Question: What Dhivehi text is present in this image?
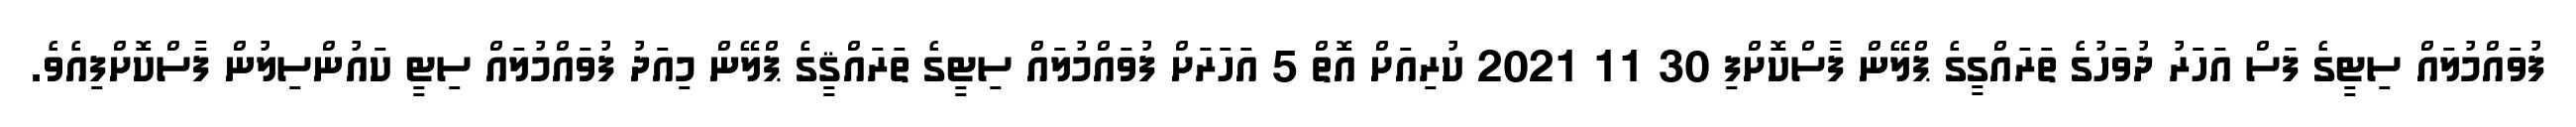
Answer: ފުވައްމުލައް ސިޓީގެ ފަސް އަހަރު ދުވަހުގެ ތަރައްގީގެ ޕްލޭން ފާސްކޮށްފި 30 11 2021 ކުރިއަށް އޮތް 5 އަހަރަށް ފުވައްމުލައް ސިޓީގެ ތަރައްޤީގެ ޕްލޭން މިއަދު ފުވައްމުލައް ސިޓީ ކައުންސިލުން ފާސްކޮށްފިއެވެ.